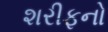
શરીફનો